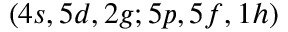
( 4 s , 5 d , 2 g ; 5 p , 5 f , 1 h )